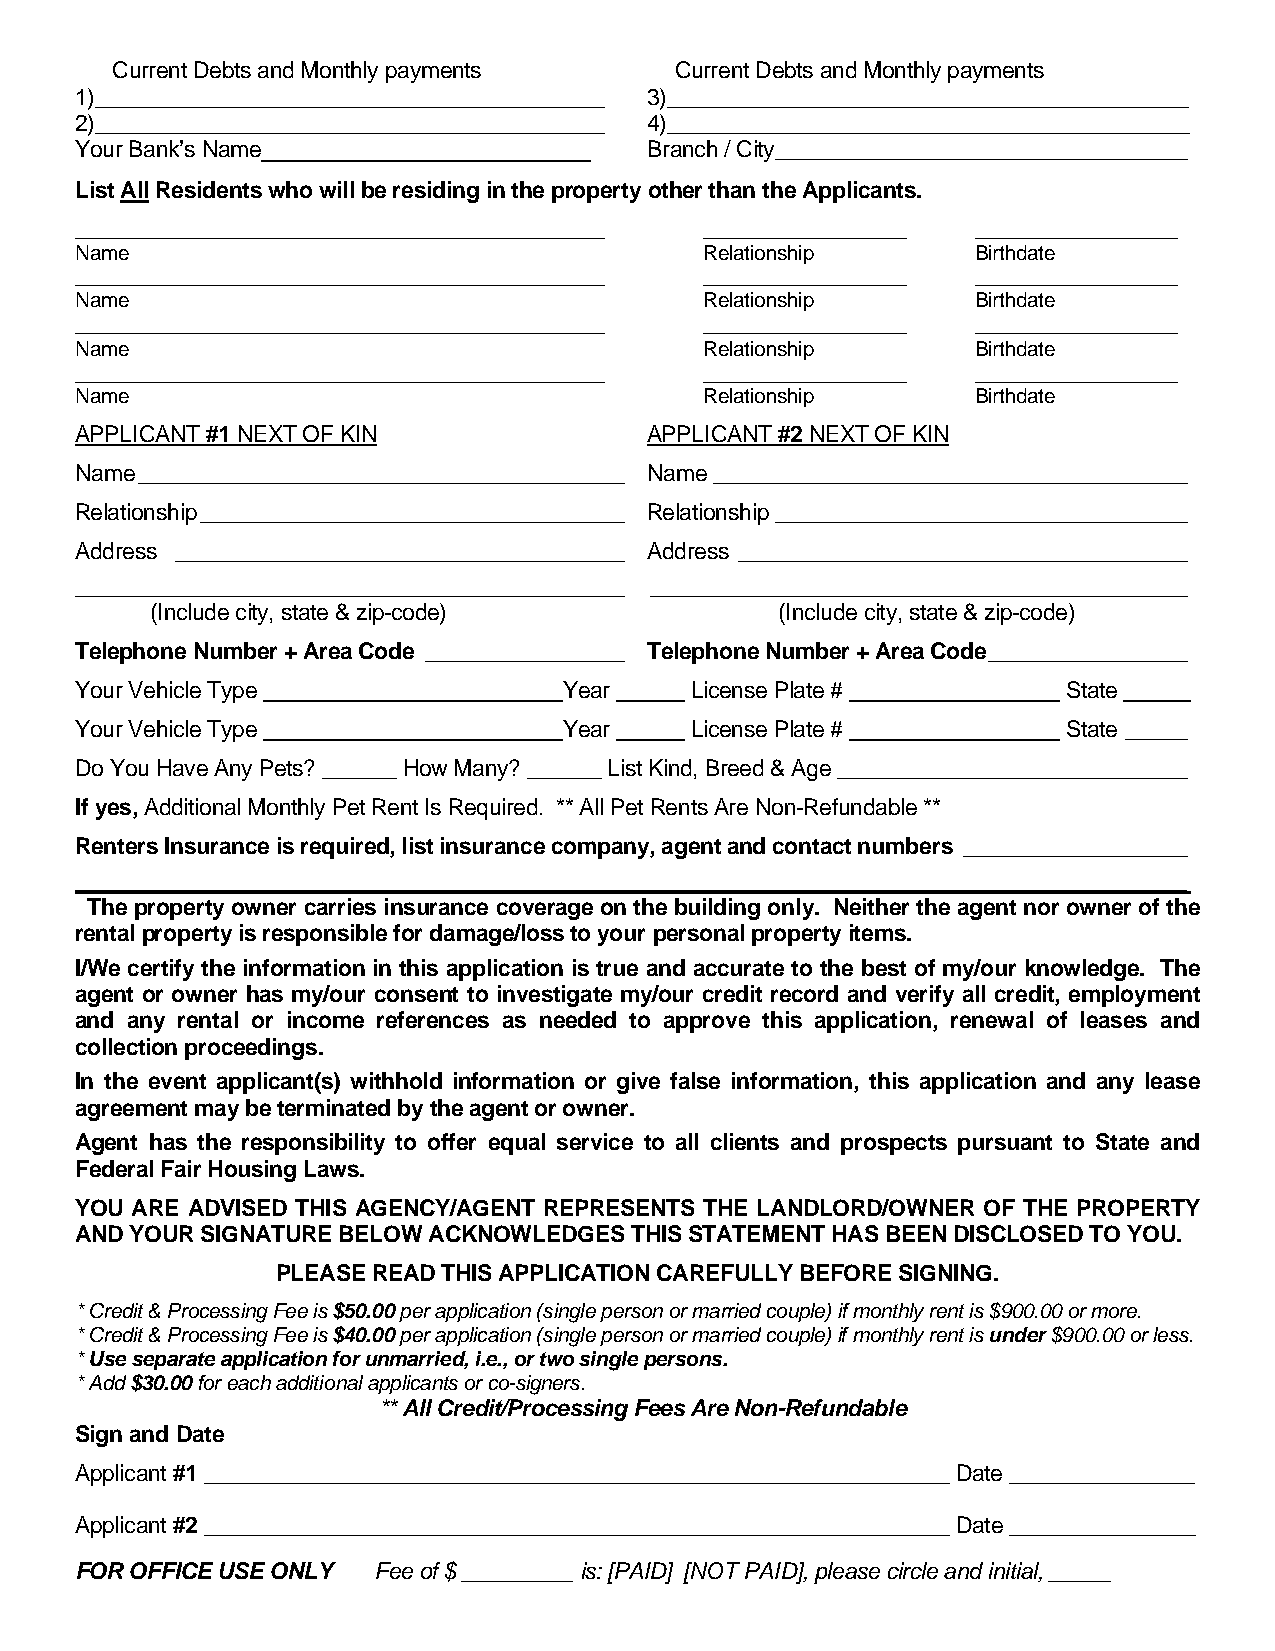
Current Debts and Monthly payments    Current Debts and Monthly payments
 1)_________________________________________ 3)__________________________________________
 2)_________________________________________ 4)__________________________________________
 Your Bank’s Name                      Branch / City _________________________________
 List All Residents who will be residing in the property other than the Applicants.
 _______________________________________________ __________________ __________________
 Name                                      Relationship      Birthdate
 _______________________________________________ __________________ __________________
 Name                                      Relationship      Birthdate
 _______________________________________________ __________________ __________________
 Name                                      Relationship      Birthdate
 _______________________________________________ __________________ __________________
 Name                                      Relationship      Birthdate
 APPLICANT #1 NEXT OF KIN              APPLICANT #2 NEXT OF KIN
 Name _______________________________________ Name ______________________________________
 Relationship __________________________________ Relationship _________________________________
 Address ____________________________________ Address ____________________________________
 ____________________________________________ ___________________________________________
 (Include city, state & zip-code)          (Include city, state & zip-code)
 Telephone Number + Area Code ________________ Telephone Number + Area Code ________________
 Your Vehicle Type               Year     License Plate #          State
 Your Vehicle Type               Year     License Plate #          State _____
 Do You Have Any Pets? ______ How Many? ______ List Kind, Breed & Age ____________________________
 If yes, Additional Monthly Pet Rent Is Required. ** All Pet Rents Are Non-Refundable **
 Renters Insurance is required, list insurance company, agent and contact numbers __________________
 _________________________________________________________________________________________
 The property owner carries insurance coverage on the building only. Neither the agent nor owner of the
 rental property is responsible for damage/loss to your personal property items.
 I/We certify the information in this application is true and accurate to the best of my/our knowledge. The
 agent or owner has my/our consent to investigate my/our credit record and verify all credit, employment
 and any rental or income references as needed to approve this application, renewal of leases and
 collection proceedings.
 In the event applicant(s) withhold information or give false information, this application and any lease
 agreement may be terminated by the agent or owner.
 Agent has the responsibility to offer equal service to all clients and prospects pursuant to State and
 Federal Fair Housing Laws.
 YOU ARE ADVISED THIS AGENCY/AGENT REPRESENTS THE LANDLORD/OWNER OF THE PROPERTY
 AND YOUR SIGNATURE BELOW ACKNOWLEDGES THIS STATEMENT HAS BEEN DISCLOSED TO YOU.
 PLEASE READ THIS APPLICATION CAREFULLY BEFORE SIGNING.
 * Credit & Processing Fee is $50.00 per application (single person or married couple) if monthly rent is $900.00 or more.
 * Credit & Processing Fee is $40.00 per application (single person or married couple) if monthly rent is under $900.00 or less.
 * Use separate application for unmarried, i.e., or two single persons.
 * Add $30.00 for each additional applicants or co-signers.
 ** All Credit/Processing Fees Are Non-Refundable
 Sign and Date
 Applicant #1 ____________________________________________________________ Date _______________
 Applicant #2 ____________________________________________________________ Date _______________
 FOR OFFICE USE ONLY Fee of $ _________ is: [PAID] [NOT PAID], please circle and initial, _____